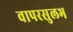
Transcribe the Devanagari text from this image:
वापरसुलभ